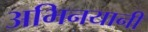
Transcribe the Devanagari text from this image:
अभिनयानी